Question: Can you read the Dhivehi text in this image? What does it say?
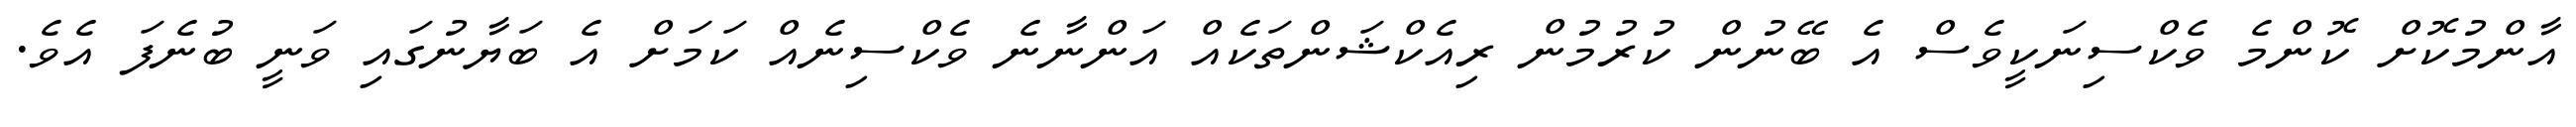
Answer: އާންމުކޮށް ކޮންމެ ވެކްސިނަކީވެސް އެ ބޭނުން ކުރުމުން ރިއެކްޝަންތަކެއް އަންނާނެ ވެކްސިނެއް ކަމަށް އެ ބަޔާނުގައި ވަނީ ބުނެފަ އެވެ.